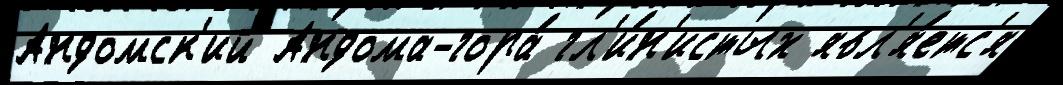
Андомск'ий Андома-гора́ гл'и́н'истых явл'я́етс'я